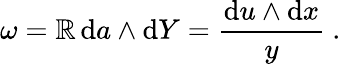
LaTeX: \omega={\mathbb{R}}\, \mathrm{{d}}a\wedge\mathrm{{d}}Y=\frac{{\mathrm{{d}}u\wedge\mathrm{{d}}x}}{{y}}\ .